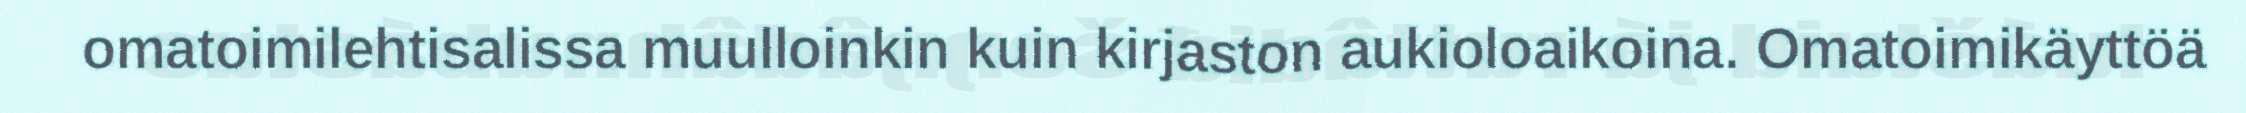
omatoimilehtisalissa muulloinkin kuin kirjaston aukioloaikoina. Omatoimikäyttöä